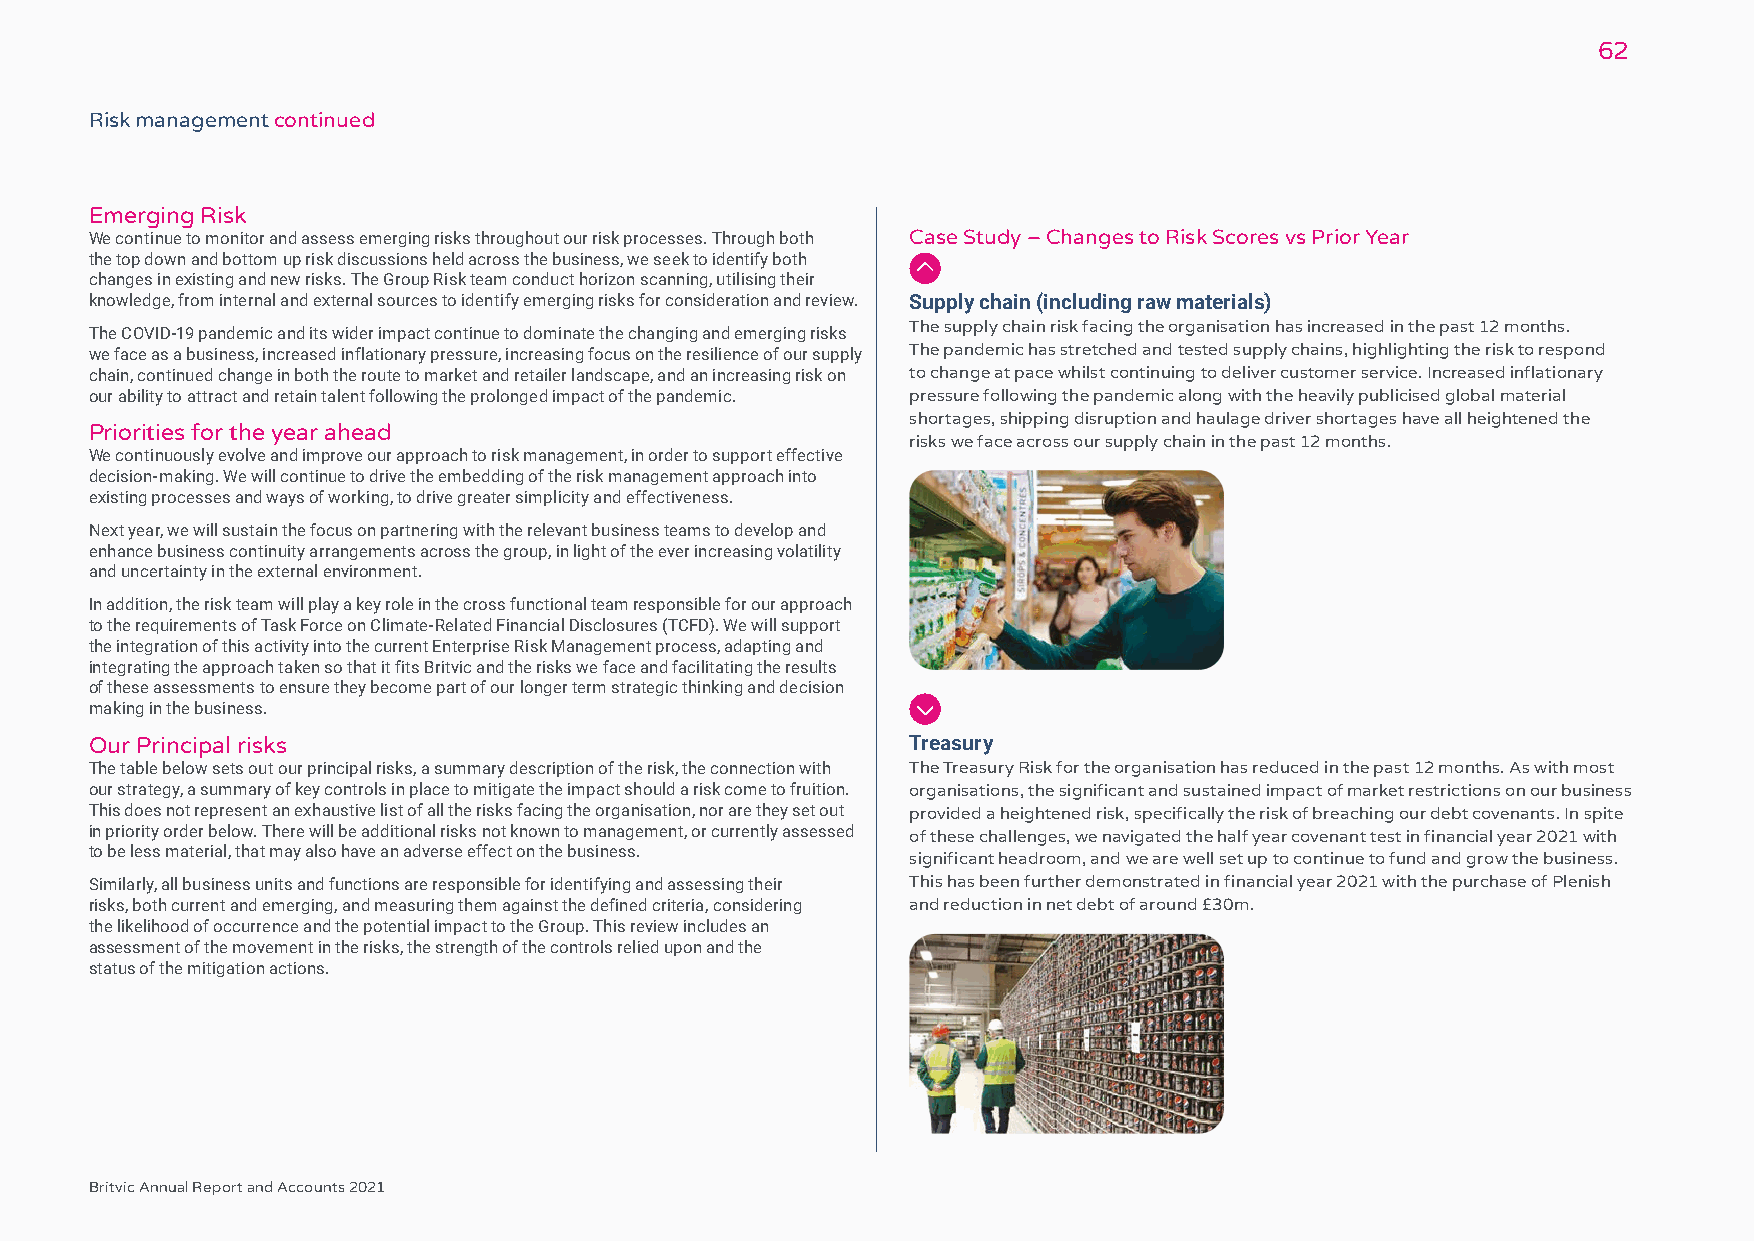
62
 Risk management continued
 Emerging Risk
 We continue to monitor and assess emerging risks throughout our risk processes. Through both Case Study – Changes to Risk Scores vs Prior Year
 the top down and bottom up risk discussions held across the business, we seek to identify both
 changes in existing and new risks. The Group Risk team conduct horizon scanning, utilising their
 knowledge, from internal and external sources to identify emerging risks for consideration and review. Supply chain (including raw materials)
 The supply chain risk facing the organisation has increased in the past 12 months.
 The COVID-19 pandemic and its wider impact continue to dominate the changing and emerging risks
 we face as a business, increased inflationary pressure, increasing focus on the resilience of our supply The pandemic has stretched and tested supply chains, highlighting the risk to respond
 chain, continued change in both the route to market and retailer landscape, and an increasing risk on to change at pace whilst continuing to deliver customer service. Increased inflationary
 our ability to attract and retain talent following the prolonged impact of the pandemic. pressure following the pandemic along with the heavily publicised global material
 shortages, shipping disruption and haulage driver shortages have all heightened the
 Priorities for the year ahead
 risks we face across our supply chain in the past 12 months.
 We continuously evolve and improve our approach to risk management, in order to support effective
 decision-making. We will continue to drive the embedding of the risk management approach into
 existing processes and ways of working, to drive greater simplicity and effectiveness.
 Next year, we will sustain the focus on partnering with the relevant business teams to develop and
 enhance business continuity arrangements across the group, in light of the ever increasing volatility
 and uncertainty in the external environment.
 In addition, the risk team will play a key role in the cross functional team responsible for our approach
 to the requirements of Task Force on Climate-Related Financial Disclosures (TCFD). We will support
 the integration of this activity into the current Enterprise Risk Management process, adapting and
 integrating the approach taken so that it fits Britvic and the risks we face and facilitating the results
 of these assessments to ensure they become part of our longer term strategic thinking and decision
 making in the business.
 Our Principal risks                                   Treasury
 The table below sets out our principal risks, a summary description of the risk, the connection with The Treasury Risk for the organisation has reduced in the past 12 months. As with most
 our strategy, a summary of key controls in place to mitigate the impact should a risk come to fruition. organisations, the significant and sustained impact of market restrictions on our business
 This does not represent an exhaustive list of all the risks facing the organisation, nor are they set out provided a heightened risk, specifically the risk of breaching our debt covenants. In spite
 in priority order below. There will be additional risks not known to management, or currently assessed of these challenges, we navigated the half year covenant test in financial year 2021 with
 to be less material, that may also have an adverse effect on the business.
 significant headroom, and we are well set up to continue to fund and grow the business.
 Similarly, all business units and functions are responsible for identifying and assessing their This has been further demonstrated in financial year 2021 with the purchase of Plenish
 risks, both current and emerging, and measuring them against the defined criteria, considering and reduction in net debt of around £30m.
 the likelihood of occurrence and the potential impact to the Group. This review includes an
 assessment of the movement in the risks, the strength of the controls relied upon and the
 status of the mitigation actions.
 Britvic Annual Report and Accounts 2021